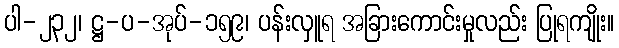
ပါ-၂၃၂၊ ဋ္ဌ-ပ-အုပ်-၁၅၉၊ ပန်းလှူရ အခြားကောင်းမှုလည်း ပြုရကျိုး။